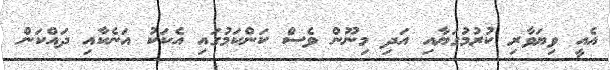
އެއީ ވިޔަވާރި ކުރުމުގަޔާއި އަދި މިނޫން ވެސް ކަންކަމުގައި އެކަކު އަނެކާއި ދައްކަން